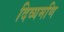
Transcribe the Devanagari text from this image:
दिव्यमणि